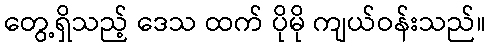
တွေ့ရှိသည့် ဒေသ ထက် ပိုမို ကျယ်ဝန်းသည်။